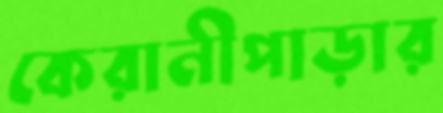
কেরানীপাড়ার